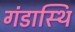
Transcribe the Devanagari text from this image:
गंडास्थि